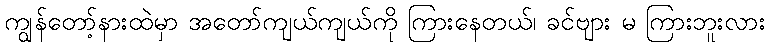
ကျွန်တော့်နားထဲမှာ အတော်ကျယ်ကျယ်ကို ကြားနေတယ်၊ ခင်ဗျား မ ကြားဘူးလား